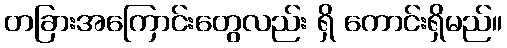
တခြားအကြောင်းတွေလည်း ရှိ ကောင်းရှိမည်။